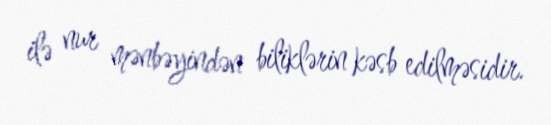
ilə nur mənbəyindən biliklərin kəsb edilməsidir.